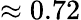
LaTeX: \approx 0.72